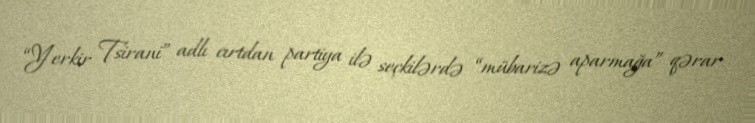
“Yerkir Tsirani” adlı cırtdan partiya ilə seçkilərdə “mübarizə aparmağa” qərar